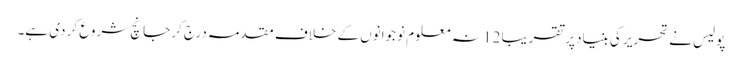
پولیس نے تحریر کی بنیاد پر تقریباً 12 نہ معلوم نوجوانوں کے خلاف مقدمہ درج کر جانچ شروع کر دی ہے۔